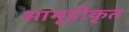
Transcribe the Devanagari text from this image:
सामूहीकृत